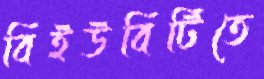
বিইউবিটিতে